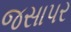
જસાપર